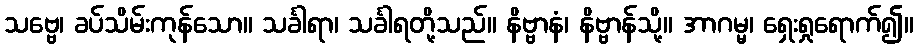
သဗ္ဗေ၊ ခပ်သိမ်းကုန်သော။ သင်္ခါရာ၊ သင်္ခါရတို့သည်။ နိဗ္ဗာနံ၊ နိဗ္ဗာန်သို့။ အာဂမ္မ၊ ရှေးရှုရောက်၍။